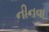
નીનવા